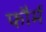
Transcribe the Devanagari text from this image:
फौर्म